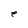
Character: e